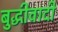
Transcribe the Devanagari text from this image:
बुद्धीवादी